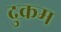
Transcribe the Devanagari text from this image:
दुक्रम